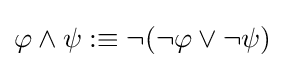
\varphi \land \psi :\equiv \neg (\neg \varphi \vee \neg \psi )